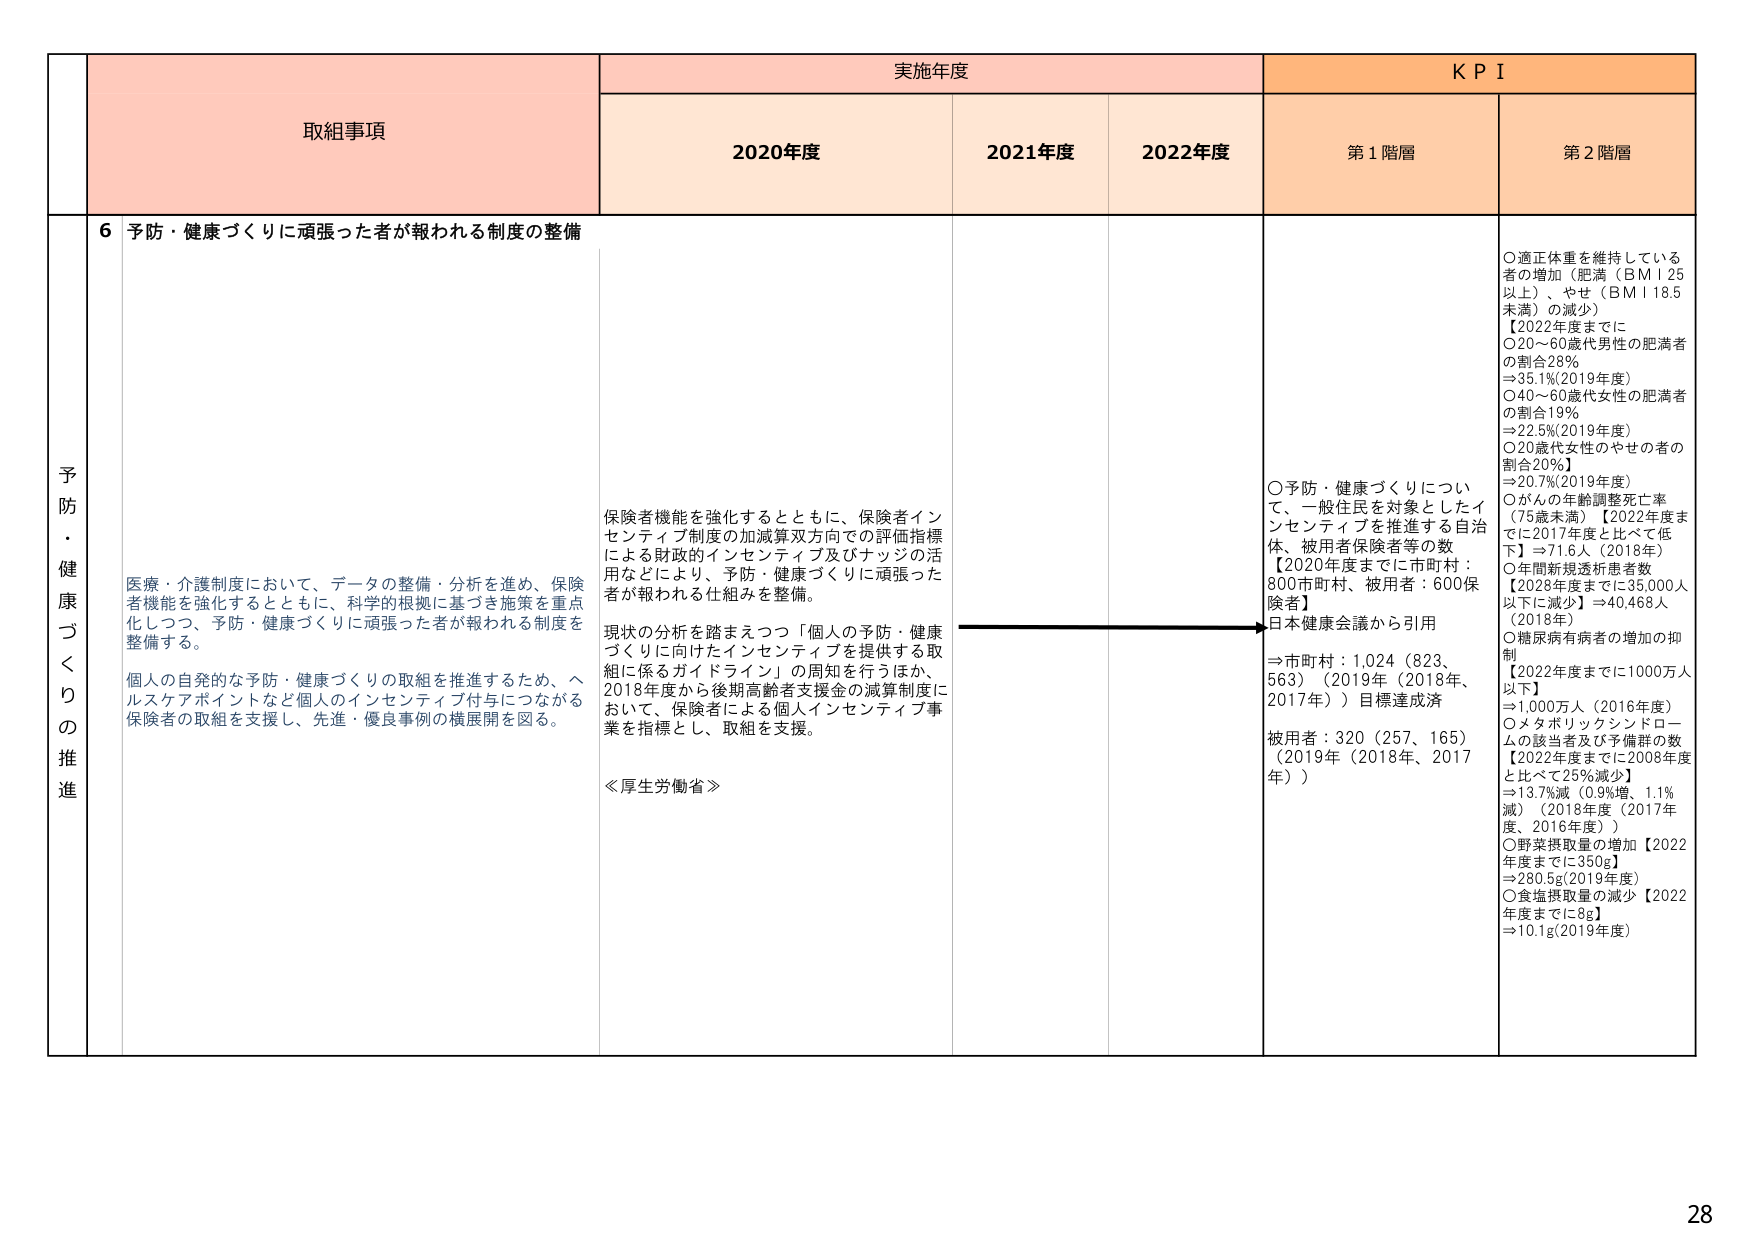
予防・健康づくりの推進

取組事項

実施年度

KPI

2020年度

2021年度

2022年度

第1階層

第2階層

6 予防・健康づくりに頑張った者が報われる制度の整備

医療・介護制度において、データの整備・分析を進め、保険者機能を強化するとともに、科学的根拠に基づき施策を重点化しつつ、予防・健康づくりに頑張った者が報われる制度を整備する。

個人の自発的な予防・健康づくりの取組を推進するため、ヘルスケアポイントなど個人のインセンティブ付与につながる保険者の取組を支援し、先進・優良事例の横展開を図る。

保険者機能を強化するとともに、保険者インセンティブ制度の加減算双方での評価指標による財政的インセンティブ及びナッジの活用などにより、予防・健康づくりに頑張った者が報われる仕組みを整備。

現状の分析を踏まえつつ「個人の予防・健康づくりに向けたインセンティブを提供する取組に係るガイドライン」の周知を行うほか、2018年度から後期高齢者支援金の減算制度において、保険者による個人インセンティブ事業を指標とし、取組を支援。

≪厚生労働省≫

○予防・健康づくりについて、一般住民を対象としたインセンティブを推進する自治体、被用者保険者等の数【2020年度までに市町村：800市町村、被用者：600保険者】
日本健康会議から引用
⇒市町村：1,024（823、563）（2019年（2018年、2017年））目標達成済
被用者：320（257、165）（2019年（2018年、2017年））

○適正体重を維持している者の増加（肥満（BMI 25以上）、やせ（BMI 18.5未満）の減少）
【2022年度までに
○20～60歳代男性の肥満者の割合28％
⇒35.1％(2019年度)
○40～60歳代女性の肥満者の割合19％
⇒22.5％(2019年度)
○20歳代女性のやせの者の割合20％】
⇒20.7％(2019年度)

○がんの年齢調整死亡率（75歳未満）【2022年度までに2017年度と比べて低下】⇒71.6人（2018年）

○年間新規透析患者数【2028年度までに35,000人以下に減少】⇒40,468人（2018年）

○糖尿病有病者の増加の抑制【2022年度までに1000万人以下】
⇒1,000万人（2016年度）

○メタボリックシンドロームの該当者及び予備群の数【2022年度までに2008年度と比べて25％減少】
⇒13.7％減（0.9％増、1.1％減）（2018年度（2017年度、2016年度））

○野菜摂取量の増加【2022年度までに350g】
⇒280.5g(2019年度)

○食塩摂取量の減少【2022年度までに8g】
⇒10.1g(2019年度)

28